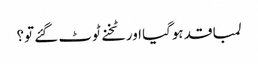
لمبا قد ہوگیا اور ٹخنے ٹوٹ گئے تو؟